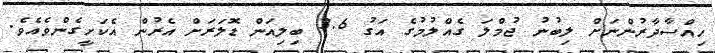
ހިއްސާދާރުންނަށް ލިބުނު ޖުމްލަ ގެއްލުމުގެ އަގު 3.6 ބިލިއަން ޑޮލަރަށް އެރުން އެކަށީގެންވެއެވެ.